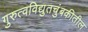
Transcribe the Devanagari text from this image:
गुरुत्वविद्युतचुंबकीतील